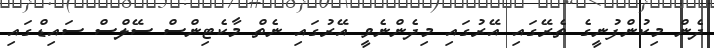
ދެން މިކުންފުނީގެ ތެރޭގައި އޭރުގައި މިދެންނެވީ އޭރުގައި ނެތް މާކެޓިންސް ސޭލްސް ސައިޑްގައި